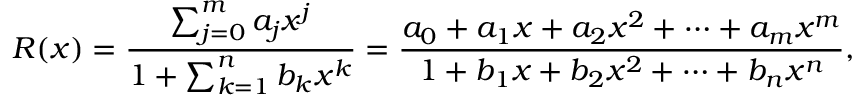
R ( x ) = { \frac { \sum _ { j = 0 } ^ { m } a _ { j } x ^ { j } } { 1 + \sum _ { k = 1 } ^ { n } b _ { k } x ^ { k } } } = { \frac { a _ { 0 } + a _ { 1 } x + a _ { 2 } x ^ { 2 } + \dots + a _ { m } x ^ { m } } { 1 + b _ { 1 } x + b _ { 2 } x ^ { 2 } + \dots + b _ { n } x ^ { n } } } ,